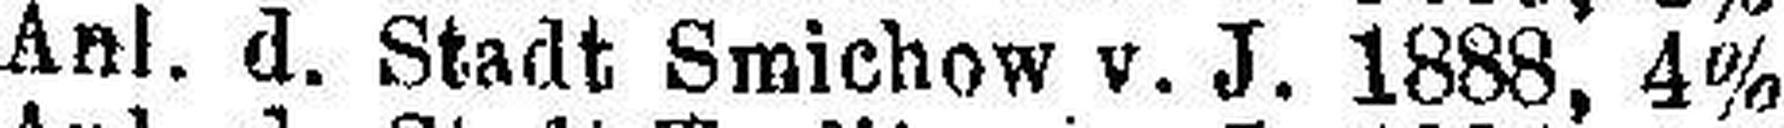
Anl. d. Stadt Smichow v. J. 1888, 4%